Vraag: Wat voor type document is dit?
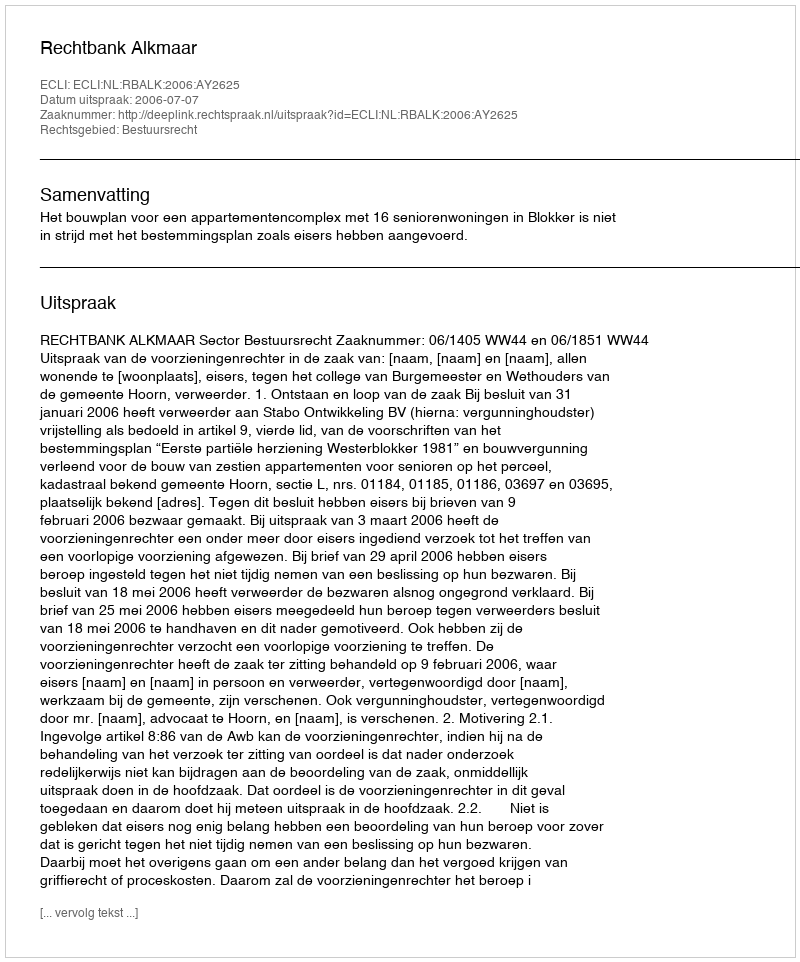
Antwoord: Uitspraak